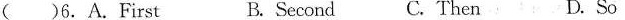
( )6.A.First B. Second C. Then D. So